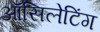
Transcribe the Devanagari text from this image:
ऑसिलेटिंग